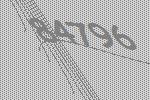
84796